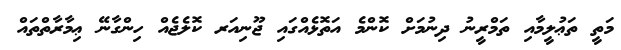
މަތީ ތަޢުލީމާއި ތަމްރީނު ދިނުމަށް ކޮންމެ އަތޮޅެއްގައި ޖޫނިއަރ ކޮލެޖެއް ހިންގާނޭ ޢިމާރާތްތައް